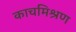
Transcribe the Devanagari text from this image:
काचमिश्रण